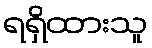
ရရှိထားသူ